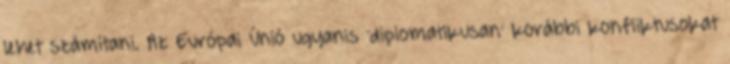
lehet számítani. Az Európai Únió ugyanis 'diplomatikusan' korábbi konfliktusokat